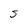
Character: S